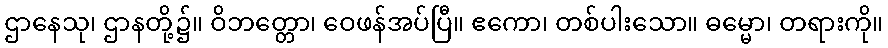
ဌာနေသု၊ ဌာနတို့၌။ ဝိဘတ္တော၊ ဝေဖန်အပ်ပြီ။ ဧကော၊ တစ်ပါးသော။ ဓမ္မော၊ တရားကို။